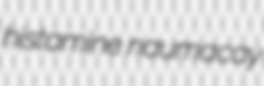
histamine naumacay